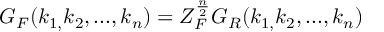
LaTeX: G _ { F } ( k _ { 1 , } k _ { 2 } , . . . , k _ { n } ) = Z _ { F } ^ { \frac n 2 } G _ { R } ( k _ { 1 , } k _ { 2 } , . . . , k _ { n } )